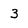
Character: 3